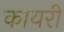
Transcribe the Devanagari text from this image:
कायरी